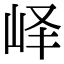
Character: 峄